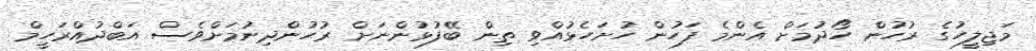
މަޖިލީހުގެ ރުހުން ހޯދުމަށް އެންމެ ފަހުން ހުށަހެޅުއްވި ތިން ބޭފުޅުންނަށް ރުހުންދިނުމަށްވެސް އަބްދުއްރަހީމް